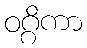
ဝဂ္ဂိကာ